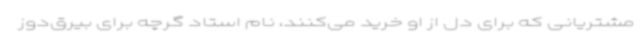
مشتریانی که برای دل از او خرید می‌کنند، نام استاد گرچه برای بیرق‌دوز